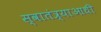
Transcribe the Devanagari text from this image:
स्वातंत्र्याआधी